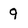
Character: 9